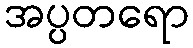
အပ္ပတရော